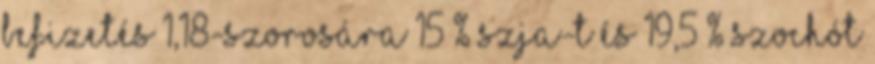
befizetés 1,18-szorosára 15 % szja-t és 19,5 % szochót